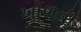
ખોળવી